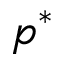
p ^ { \ast }